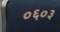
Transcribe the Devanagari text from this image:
०६०३